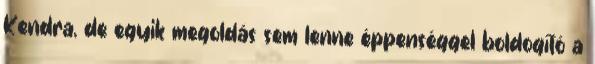
Kendra, de egyik megoldás sem lenne éppenséggel boldogító a